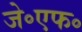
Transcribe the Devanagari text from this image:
जे॰एफ॰